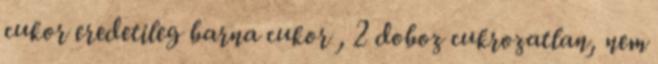
cukor eredetileg barna cukor , 2 doboz cukrozatlan, nem